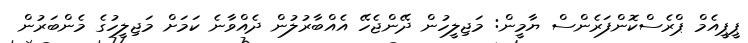
ޕީޕީއެމް ޕްރެސްކޮންފަރެންސް ޔާމީން: މަޖިލީހުން ދޭންޖެހޭ އެއްބާރުލުން ދެއްވާނެ ކަމަށް މަޖިލީހުގެ މެންބަރުން